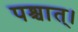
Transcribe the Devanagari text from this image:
पश्चात्‌।